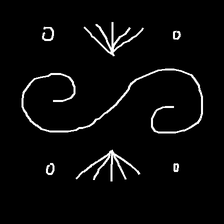
Glyph: aeroform